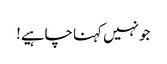
جو نہیں کہنا چاہیے!